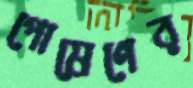
পোষেণের